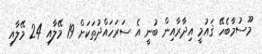
މޫސުމާބެހޭ ޤައުމީ އިދާރާއިން ބުނީ އެ ސަރަހައްދުތަކަށް 19 މޭލާއި 24 މޭލާއި